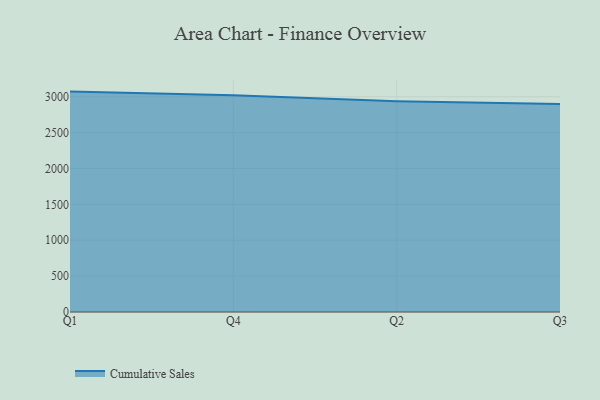
{"axis": {"x": "Quarter", "y": "Production Output"}, "legend": ["Cumulative Sales"], "data": [{"x": "Q1", "y": 3072.2, "type": "Cumulative Sales"}, {"x": "Q4", "y": 3020.2, "type": "Cumulative Sales"}, {"x": "Q2", "y": 2936.5, "type": "Cumulative Sales"}, {"x": "Q3", "y": 2898.6, "type": "Cumulative Sales"}]}